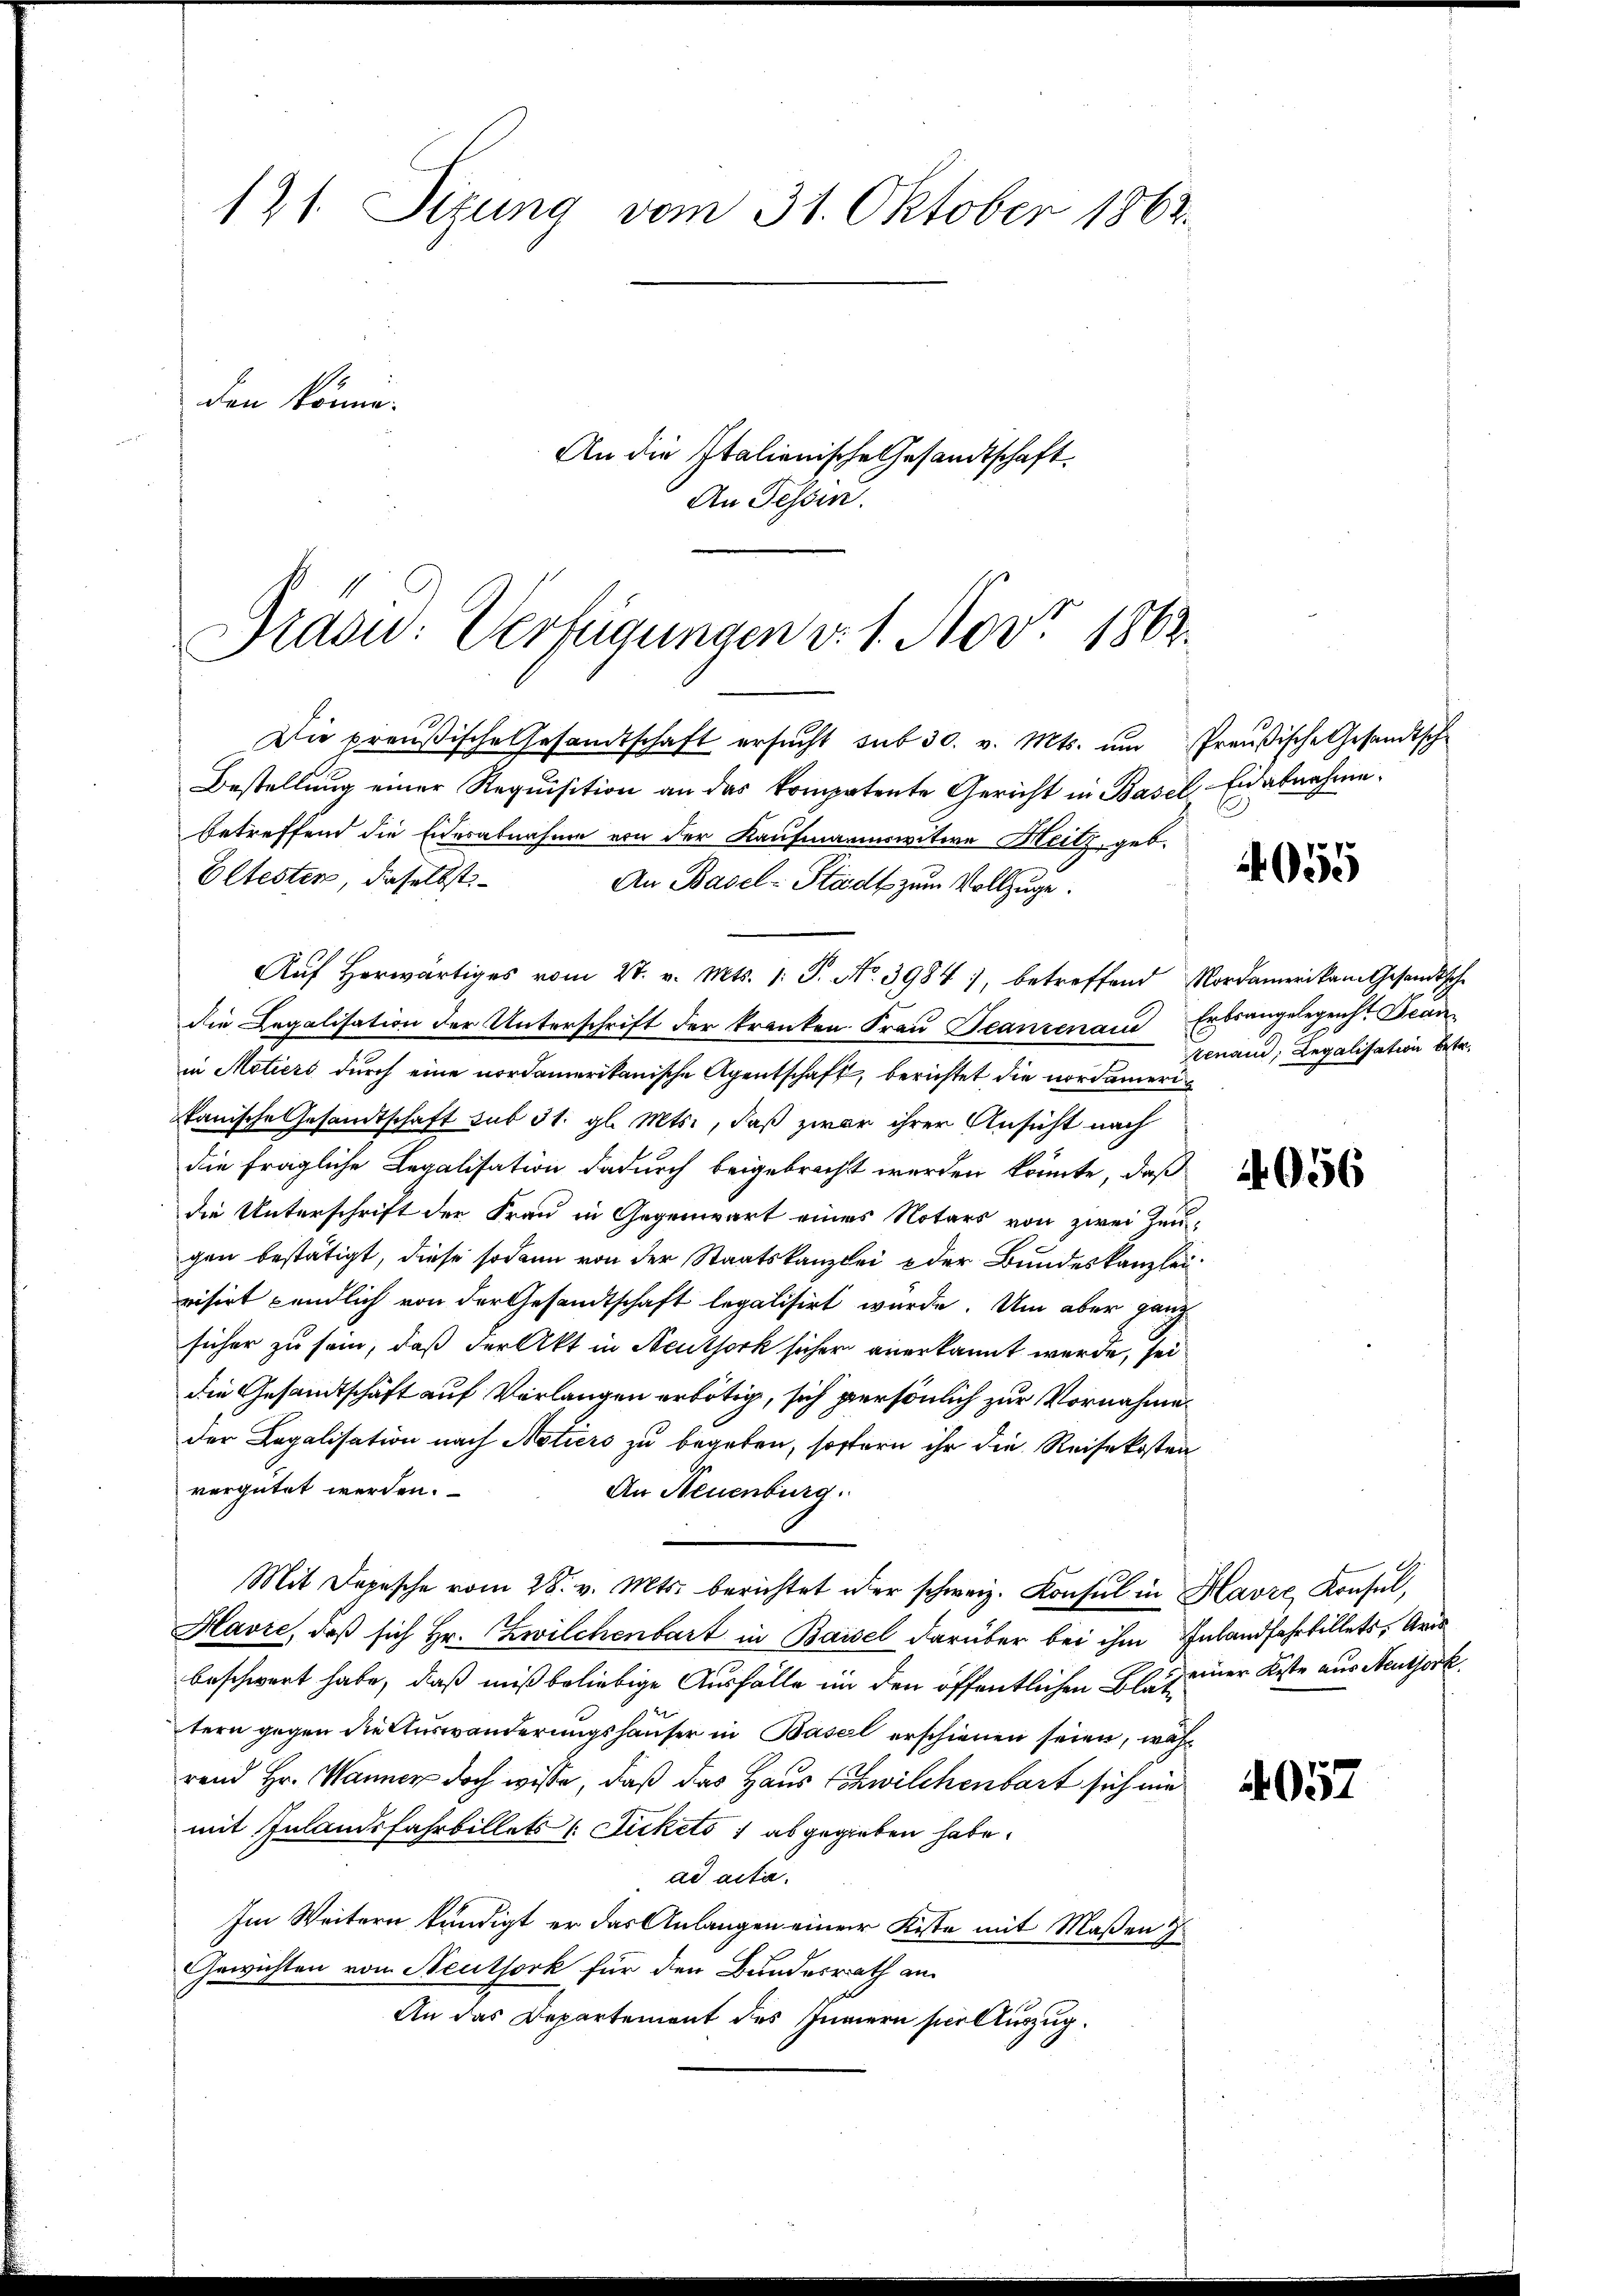
121 Sizung vom 31. Oktober 1862.
den könne.
An die Italienische Gesandtschaft.
An Tessin.

Brasu: Verfügungen v. 1. Nov. 1862.

Die preußische Gesandtschaft ersŭcht sub 30. v. Mts. um Preußische Gesandtsch¬
Bestellung einer Requisition an das kompetente Gericht in Basel Eidabnahme
betreffend die Eidesabnahme von der Kaufmannswitwe Heitz, geb.
Eltesten, daselbst
An Basel-Stadt zum Vollzuge.
Aŭf herwärtiges vom 27. v. Mts. 1. P. No. 3984), betreffend Nordamerikam Gesandtsche
die Legalisation der Unterschrift der kranken. Fraŭ Peanzenaue Erbsangelegenht. Franin Motiers durch eine nordamerikanische Agentschaft, berichtet, die nordamerikanische Gesamtschaft sub 31. gl. Mts., daß zwar ihrer Ansicht nach
die fragliche Legalisation dadurch beigebracht werden könnte, daß
die Unterschrift der Frau in Gegenwart eines Notars von zwei Zeugen bestätigt, diese sodann von der Staatskanzlei oder Bundeskanzlei
visirt pendlich von der Gesandtschaft legalisirt wurde. Um aber ganz
sicher zu sein, daß der Akt in Neuthork sicher anerkannt werde, sei
die Gesandtschäft auf Verlangen erbötig, sich persönlich zur Vornahme
der Legalisation nach Notiers zu begeben, sofern ihr die Reisekosten
vergütet werden.
An Neuenburg.
Mit Depesche vom 28. v. Mts. berichtet der schweiz. Konsul in Havre Konsul,
Havre, daß sich Hr. Zwilchenbart in Baisel darüber bei ihm Inlandfahrtillets, Aris
beschwert habe, daß mißbeliebige Ausfälle in den öffentlichen Blatt einer Kiste aus Steuerk
tern gegen die Auswanderungshauser in Basel erschienen seien, währ
rend Hr. Wanner doch wisse, daß das Haus Schwilchenbart sich nie
mit Inlandsfahrbillets Dickels 1 abgegeben habe.
ad acta.
Im Weitern kündigt er das Anlangen eine Kiste mit Maßen
Gewichten von Neuthork für den Bundesrath an
An das Departement des Innern ser Auszug.

4055

tenand Legalisation betr.

4056

4057